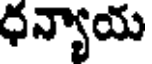
ధన్యాయ